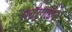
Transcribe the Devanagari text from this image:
फॉर्गाटेन